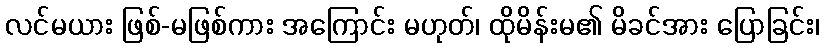
လင်မယား ဖြစ်-မဖြစ်ကား အကြောင်း မဟုတ်၊ ထိုမိန်းမ၏ မိခင်အား ပြောခြင်း၊